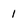
Character: 1